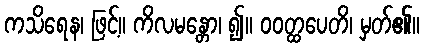
ကသိရေန၊ ဖြင့်။ ကိလမန္တော၊ ၍။ ဝဝတ္ထပေတိ၊ မှတ်၏။